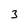
Character: 3